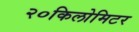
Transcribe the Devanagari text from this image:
२०किलोमिटर